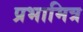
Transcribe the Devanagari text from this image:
प्रभामित्र